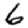
Digit: 6